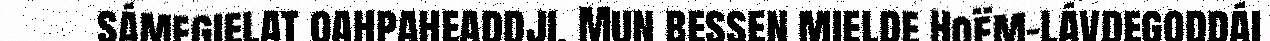
sámegielat oahpaheaddji. Mun bessen mielde Hoëm-lávdegoddái